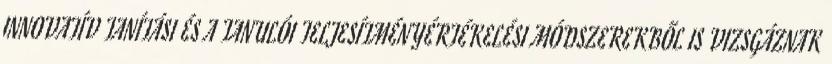
INNOVATÍV TANÍTÁSI ÉS A TANULÓI TELJESÍTMÉNYÉRTÉKELÉSI MÓDSZEREKBŐL IS VIZSGÁZNAK